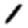
Digit: 1